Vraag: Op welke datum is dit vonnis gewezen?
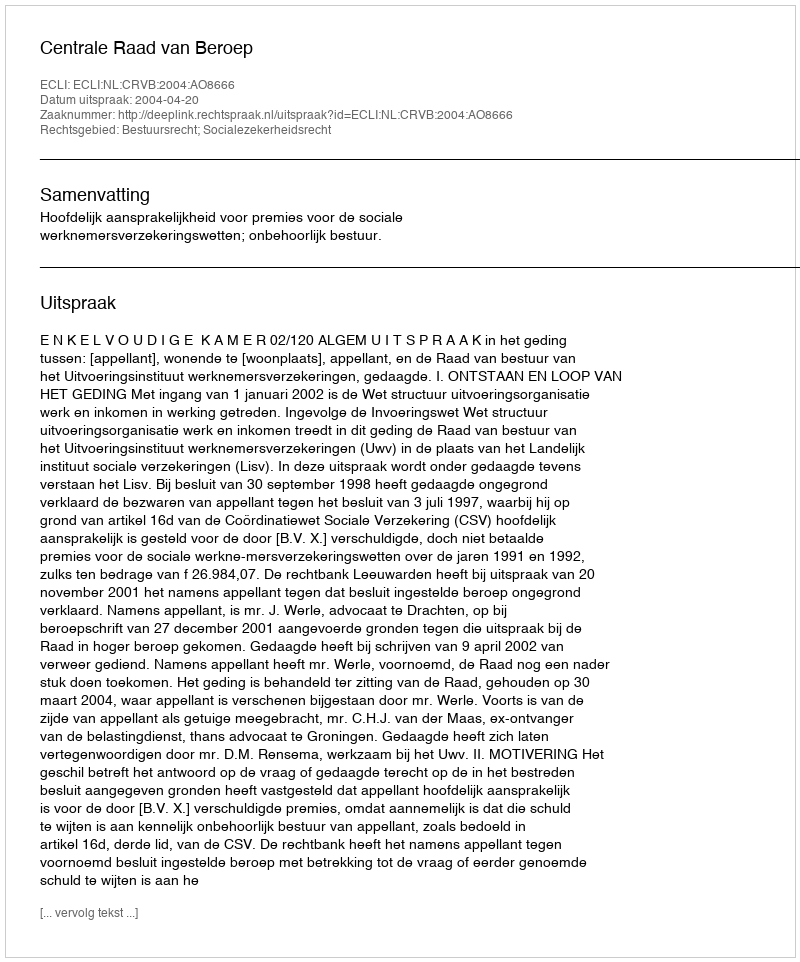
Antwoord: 2004-04-20